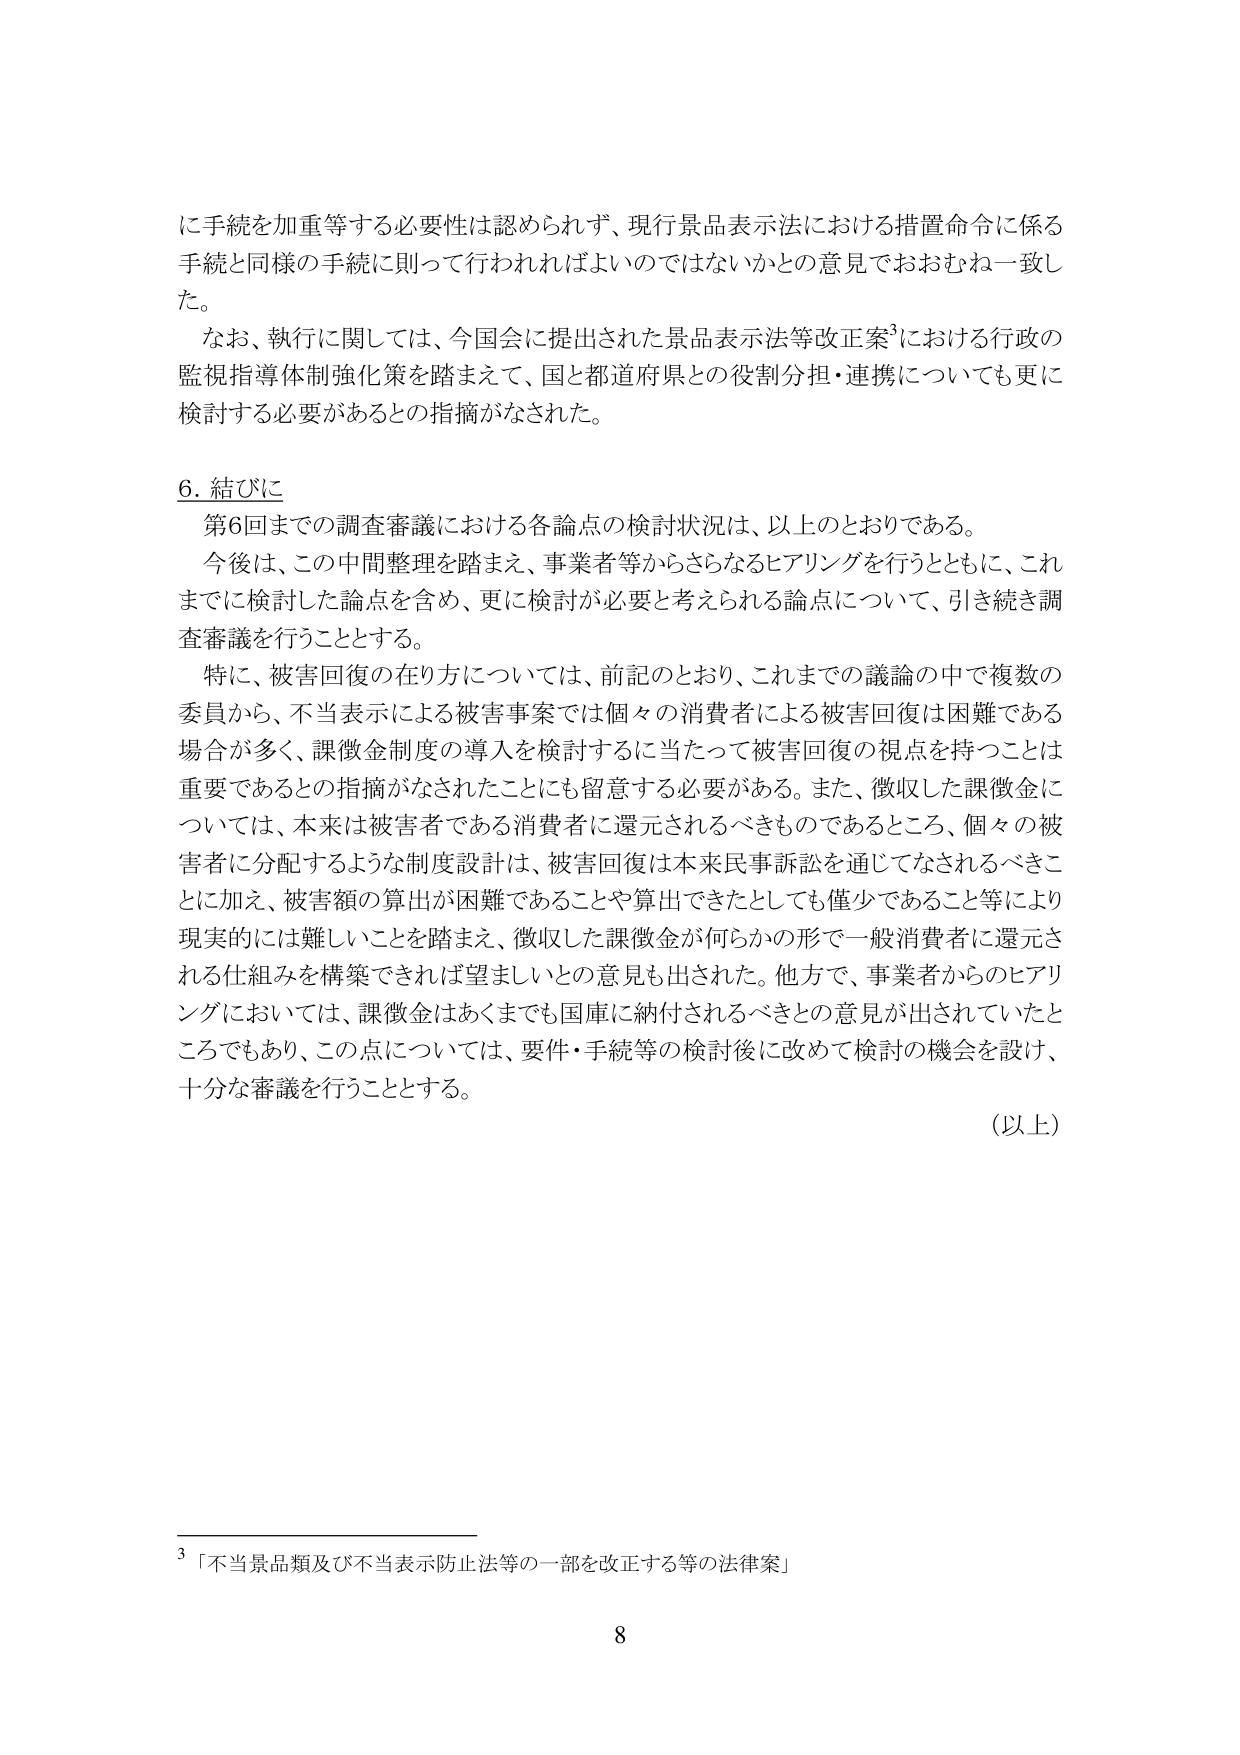
に手続を加重等する必要性は認められず、現行景品表示法における措置命令に係る手続と同様の手続に則って行われればよいのではないかとの意見でおおむね一致した。

なお、執行に関しては、今国会に提出された景品表示法等改正案³における行政の監視指導体制強化策を踏まえて、国と都道府県との役割分担・連携についても更に検討する必要があるとの指摘がなされた。

6. 結びに

第6回までの調査審議における各論点の検討状況は、以上のとおりである。

今後は、この中間整理を踏まえ、事業者等からさらなるヒアリングを行うとともに、これまでに検討した論点を含め、更に検討が必要と考えられる論点について、引き続き調査審議を行うこととする。

特に、被害回復の在り方については、前記のとおり、これまでの議論の中で複数の委員から、不当表示による被害事案では個々の消費者による被害回復は困難である場合が多く、課徴金制度の導入を検討するに当たって被害回復の視点を持つことは重要であるとの指摘がなされたことにも留意する必要がある。また、徴収した課徴金については、本来は被害者である消費者に還元されるべきものであるところ、個々の被害者に分配するような制度設計は、被害回復は本来民事訴訟を通じてなされるべきことに加え、被害額の算出が困難であることや算出できたとしても僅少であること等により現実的には難しいことを踏まえ、徴収した課徴金が何らかの形で一般消費者に還元される仕組みを構築できれば望ましいとの意見も出された。他方で、事業者からのヒアリングにおいては、課徴金はあくまでも国庫に納付されるべきとの意見が出されていたところでもあり、この点については、要件・手続等の検討後に改めて検討の機会を設け、十分な審議を行うこととする。

（以上）

³「不当景品類及び不当表示防止法等の一部を改正する等の法律案」

8